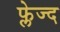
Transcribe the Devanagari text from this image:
फ्लेज्द